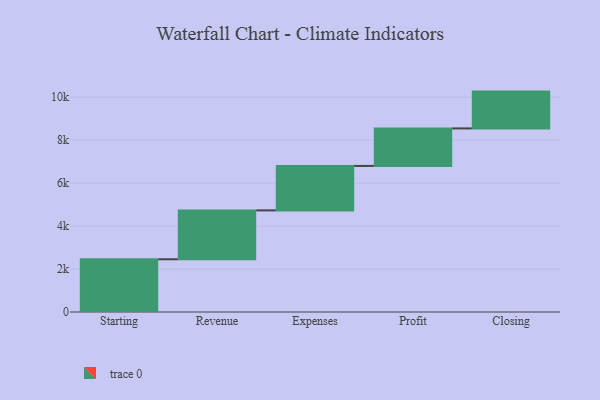
{"axis": {"x": "Step", "y": "Value"}, "legend": [""], "data": [{"x": "Starting", "y": 2455.0, "type": ""}, {"x": "Revenue", "y": 2276.0, "type": ""}, {"x": "Expenses", "y": 2070.0, "type": ""}, {"x": "Profit", "y": 1747.0, "type": ""}, {"x": "Closing", "y": 1714.0, "type": ""}]}